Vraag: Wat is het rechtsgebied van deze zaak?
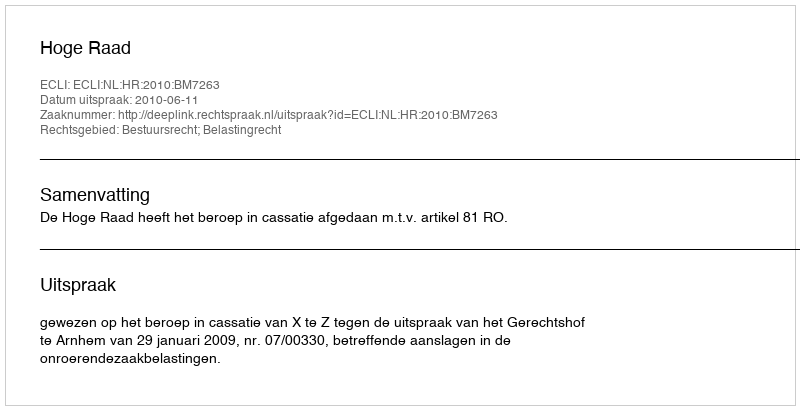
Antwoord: Bestuursrecht; Belastingrecht